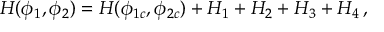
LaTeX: H ( \phi _ { 1 } , \phi _ { 2 } ) = H ( \phi _ { 1 c } , \phi _ { 2 c } ) + H _ { 1 } + H _ { 2 } + H _ { 3 } + H _ { 4 } \, ,